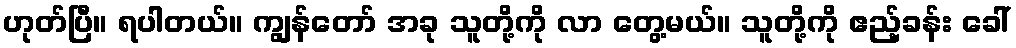
ဟုတ်ပြီ။ ရပါတယ်။ ကျွန်တော် အခု သူတို့ကို လာ တွေ့မယ်။ သူတို့ကို ဧည့်ခန်း ခေါ်